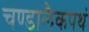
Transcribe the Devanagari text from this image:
चण्डालैकपथं